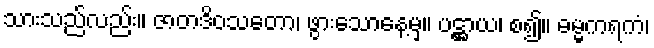
သားသည်လည်း။ ဇာတဒိဝသတော၊ ဖွားသောနေ့မှ။ ပဋ္ဌာယ၊ စ၍။ ဓမ္မကရကံ၊